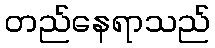
တည်နေရာသည်